Civil Veterinary Dept. North-West Frontier Province 1901-22 - 1901-1922
Year: 1901
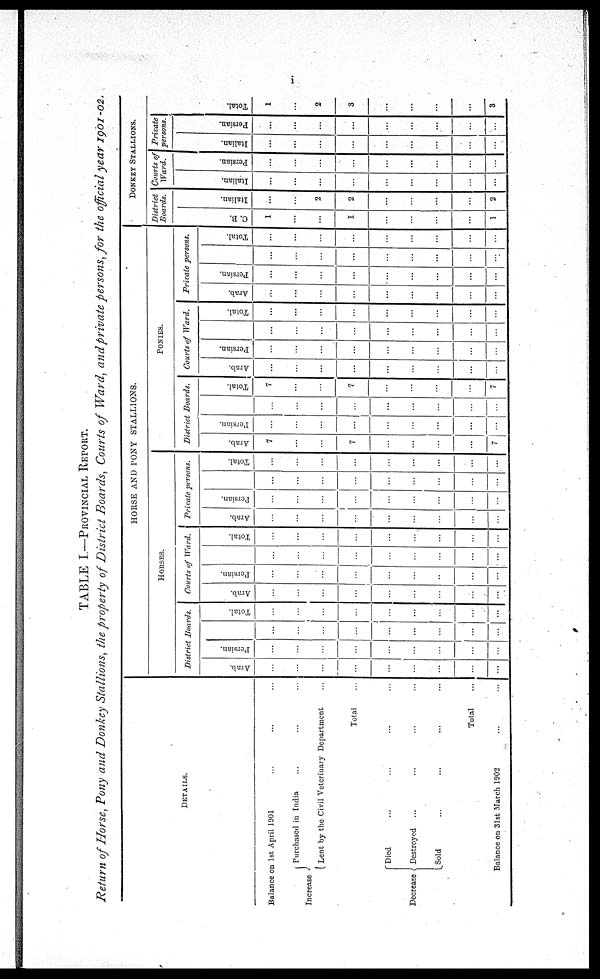
i
TABLE I.—PROVINCIAL REPORT.
Return of Horse, Pony and Donkey Stallions, the property of District Boards, Courts of Ward, and private persons, for the official year 1901-02.
DETAILS.
Balance on 1st April 1901 ... ... ...
Increase
Purchased in India ... ... ...
Lent by the Civil Veterinary Department ...
Total ...
Decrease
Died ... ... ... ...
Destroyed ... ... ... ...
Sold ... ... ... ...
Total ...
Balance on 31st March 1902
...
...
HORSE AND PONY STALLIONS.
HORSES.
District Boards.
Arab.
...
...
...
...
...
...
...
...
...
Persian.
...
...
...
...
...
...
...
...
...
...
...
...
...
...
...
...
...
...
Total.
...
...
...
...
...
...
...
...
...
Courts of Ward.
Arab.
...
...
...
...
...
...
...
...
...
Persian.
...
...
...
...
...
...
...
...
...
...
...
...
...
...
...
...
...
...
Total.
...
...
...
...
...
...
...
...
...
Private persons.
Arab.
...
...
...
...
...
...
...
...
...
Persian.
...
...
...
...
...
...
...
...
...
...
...
...
...
...
...
...
...
...
Total.
...
...
...
...
...
...
...
...
...
PONIES.
District Boards.
Arab.
7
...
...
7
...
...
...
...
7
Persian.
...
...
...
...
...
...
...
...
...
...
...
...
...
...
...
...
...
...
Total.
7
...
...
7
...
...
...
...
7
Courts of Ward.
Arab.
...
...
...
...
...
...
...
...
...
Persian.
...
...
...
...
...
...
...
...
...
...
...
...
...
...
...
...
...
...
Total.
...
...
...
...
...
...
...
...
...
Private persons.
Arab.
...
...
...
...
...
...
...
...
...
Persian.
...
...
...
...
...
...
...
...
...
...
...
...
...
...
...
...
...
...
Total.
...
...
...
...
...
...
...
...
...
DONKEY STALLIONS.
District
Boards.
C. B.
1
...
...
1
...
...
...
...
1
I t al i an.
...
...
2
2
...
...
...
...
2
Courts of
Ward.
I t al i an.
...
...
...
...
...
...
...
...
...
Per s i
an.
...
...
...
...
...
...
...
...
...
Private
persons.
I t al i an.
...
...
...
...
...
...
...
...
...
Per si an.
...
...
...
...
...
...
...
...
...
Tot al .
1
...
2
3
...
...
...
...
3